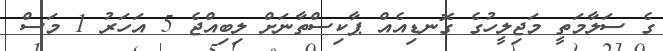
ގެ ސަލާމަތީ މަޖިލީހުގެ ގޮނޑިއެއް ޕާކިސްތާނަށް ލިބިއްޖެ 5 އަހަރު 1 މަސް